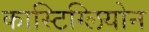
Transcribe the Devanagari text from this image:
कास्टिग्लियोन